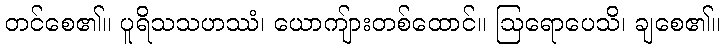
တင်စေ၏။ ပူရိသသဟဿံ၊ ယောကျ်ားတစ်ထောင်။ ဩရောပေသိ၊ ချစေ၏။